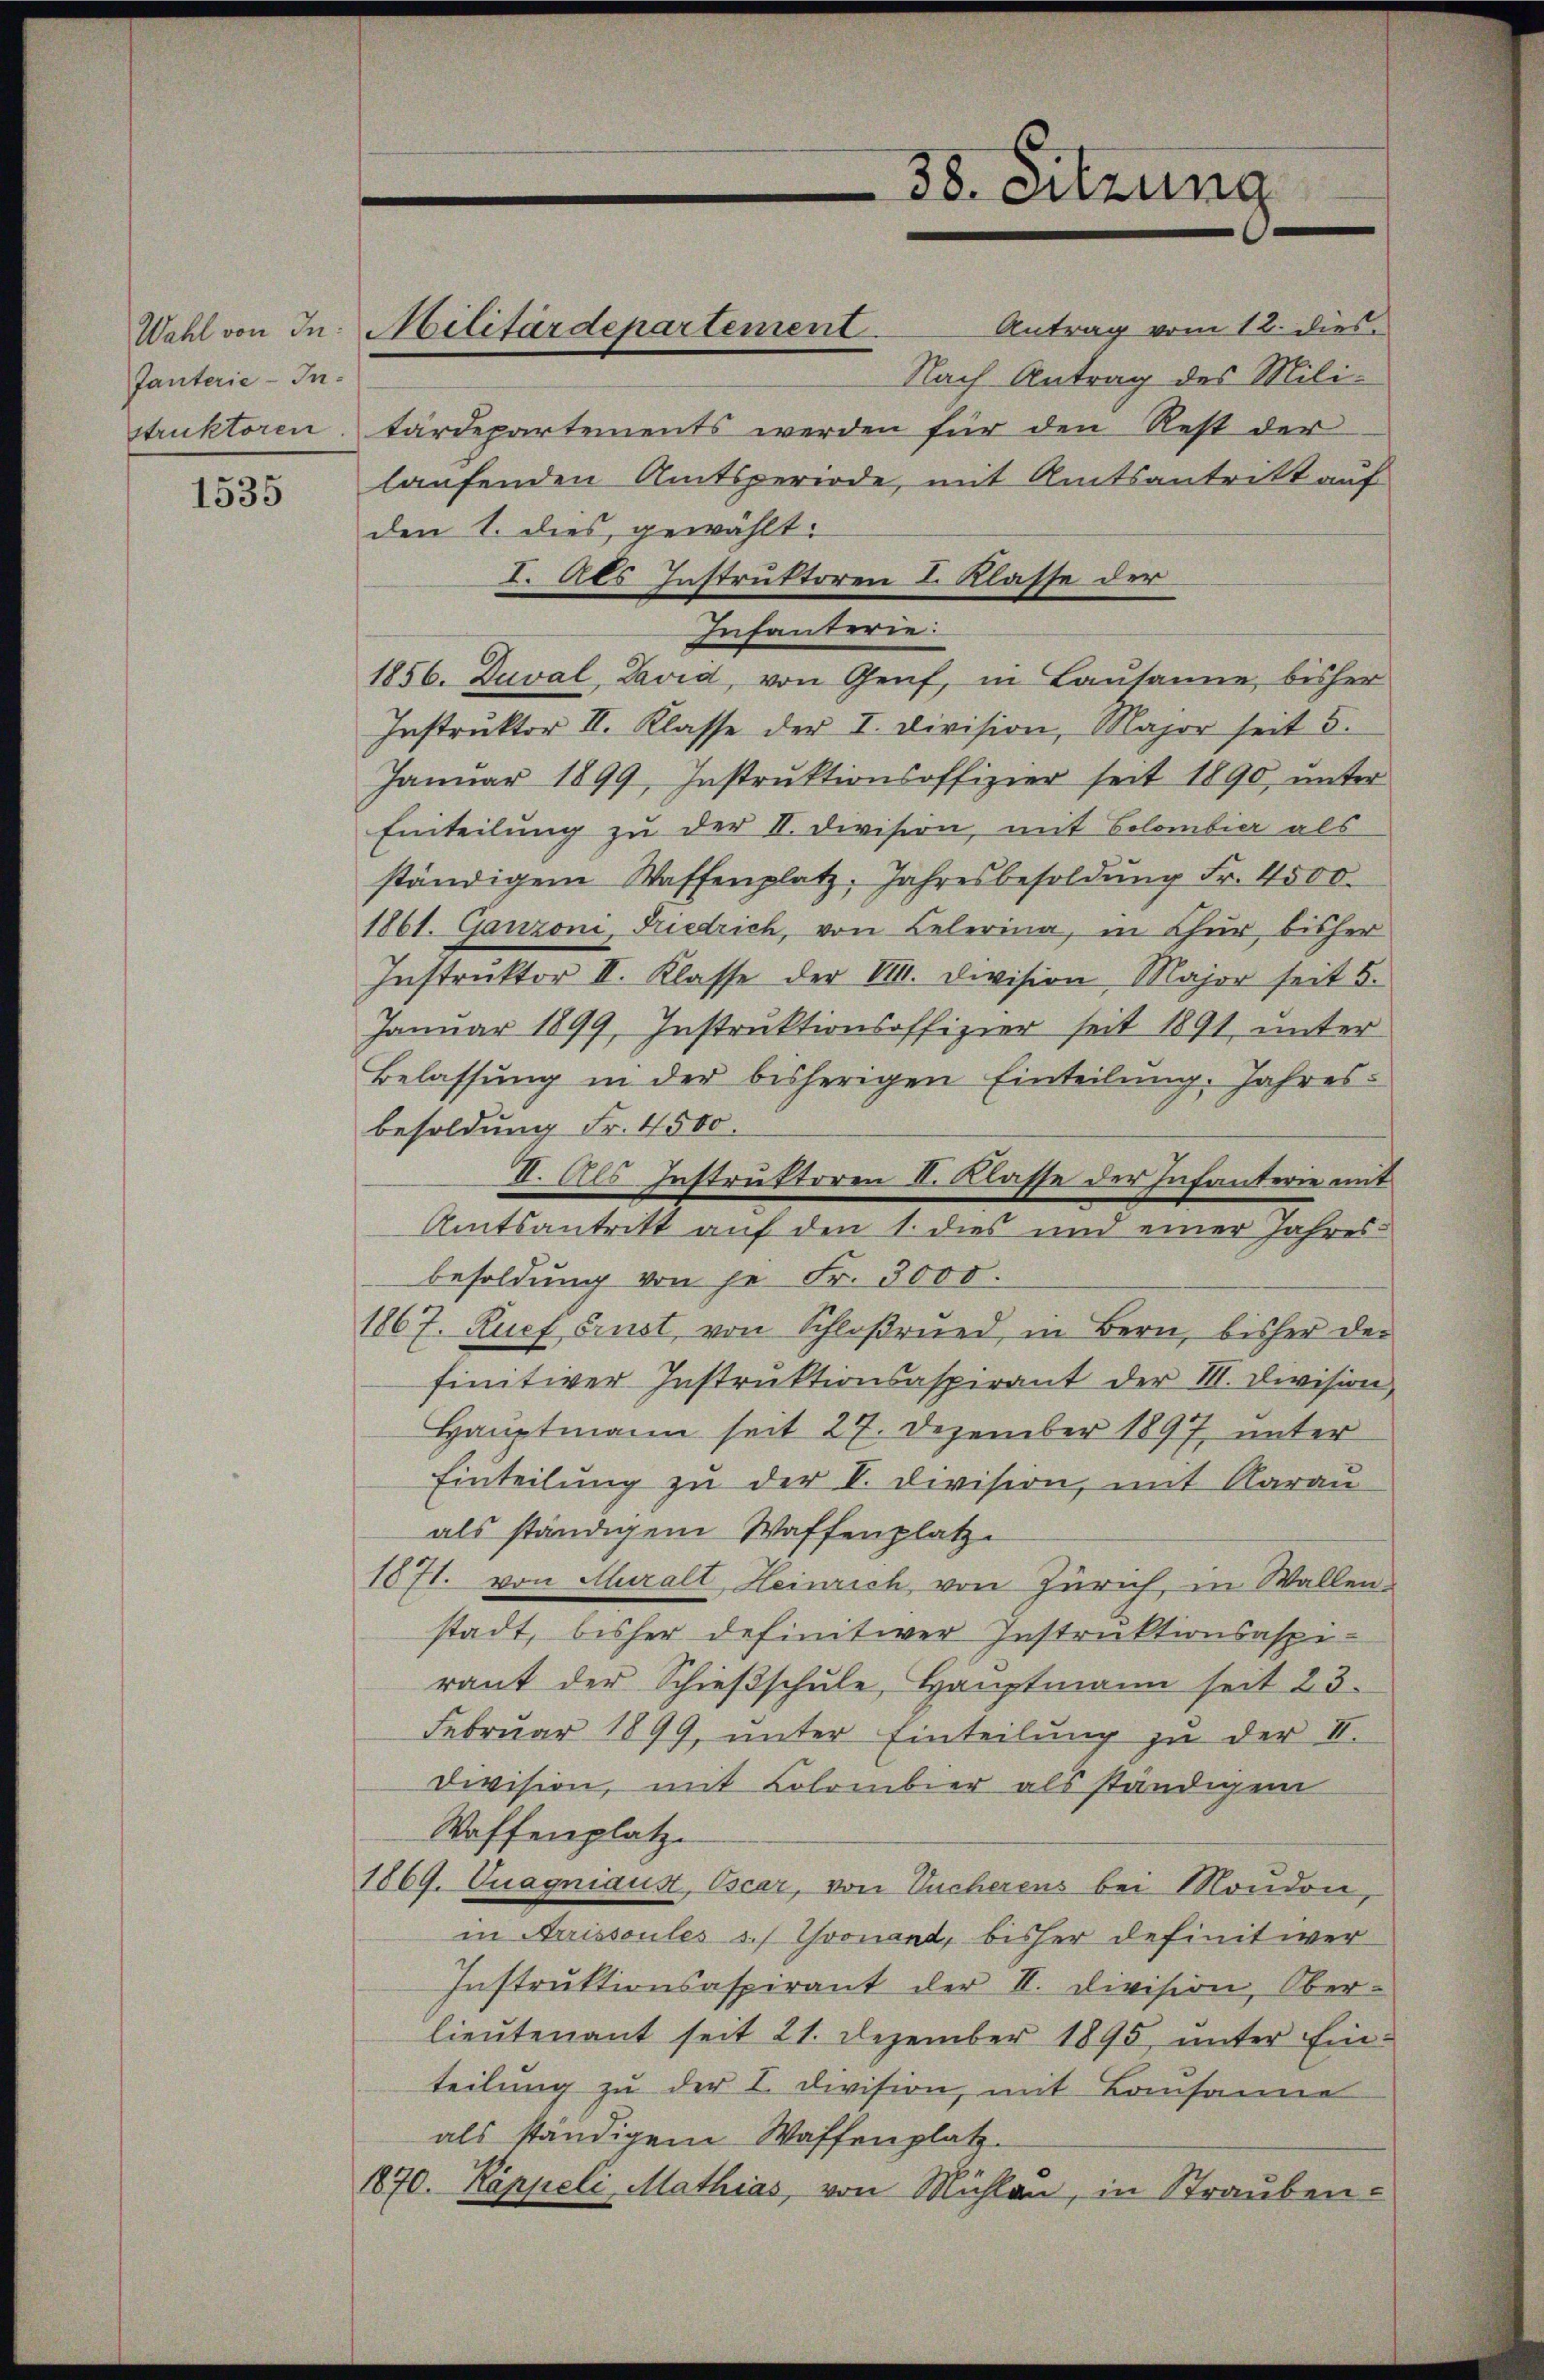
Tanterie-In-

1535

Wahl von In: Militärdepartement.

Nach Antrag des Mili-
struktoren. Färdepartements werden für den Rest der
laufenden Amtsperiode, mit Amtsantritt auf
den 1. dies gewählt:
I. Als Instruktoren I. Klasse der
Infanterie:
1856. Zuval, David, von Genf, in Lausanne, bisher
Instruktor II. Klasse der I. Division, Major seit 5.
Januar 1899, Instrŭktionsoffizier seit 1890, unter
Einteilung zu der II. Division, mit Bolombier als
ständigem Waffenplatz. Jahresbesoldung Fr. 4500.
1861. Ganzoni, Riedrich, von Lelerina, in Chur, bisher
Instrŭktor II. Klasse der VIII. Division, Major seit 5.
Januar 1899, Instruktionsoffizier seit 1891, unter
Belassung in der bisherigen Einteilung. Jahres
besoldung Fr. 4500.
besoldung von je Fr. 3000.
1867. Ruef Ernst von Schloßrund in Bern, bisher der
finitiver Instruktionsaspirant der III. Division,
Hauptmann seit 27. Dezember 1897, unter
Einteilung zu der II. Division, mit Aarau
als ständigem Waffenplatz.
1871. von Muralt, Heinrich, von Zürich, in Wallen-
stadt, bisher definitiver Instruktionsaspiraut der Schieβschule Hauptmann seit 23.
Februar 1899, ŭnter Einteilŭng zŭ der II.
Division, mit Colombier als ständigem
Waffenplatz.
1869. Cuagniaus, Oscar, von Vucherens bei Mondon,
in Arrissoules s. Thonand, bisher definit wer
Instruktionsaspirant der II. Division, Ober-
lieutenant seit 21. Dezember 1895, unter Einteilung zu der I. Division, mit Bausanne
als ständigem Waffenplatz.
1870. Kappeli, Mathias, von Mühlen, in Strauben-

II. Als Instruktoren I. Klasse der Infanterie mit

38. Sitzung

Amtsantritt auf den 1. dies und einer Jahres-

Antrag vom 12. dies